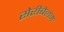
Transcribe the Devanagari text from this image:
सेरीबेलम